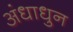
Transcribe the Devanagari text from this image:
अंधाधुन